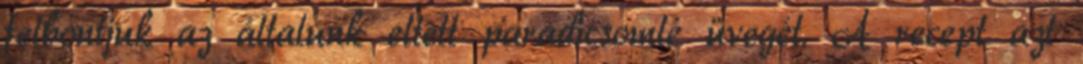
felbontjuk az általunk eltett paradicsomlé üvegét. A recept azt